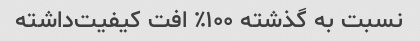
نسبت به گذشته ۱۰۰‎٪ افت کیفیت‌داشته